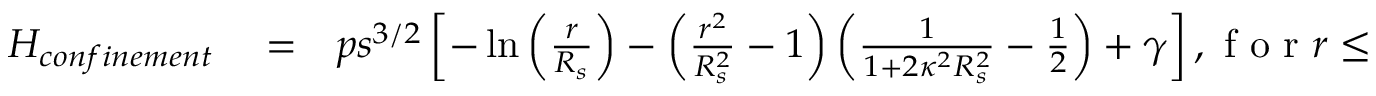
\begin{array} { r l r } { H _ { c o n f i n e m e n t } } & { { } = } & { p s ^ { 3 / 2 } \left[ - \ln \left( \frac { r } { R _ { s } } \right) - \left( \frac { r ^ { 2 } } { R _ { s } ^ { 2 } } - 1 \right) \left( \frac { 1 } { 1 + 2 \kappa ^ { 2 } R _ { s } ^ { 2 } } - \frac { 1 } { 2 } \right) + \gamma \right] , \mathrm { ~ f ~ o ~ r ~ } r \leq R _ { s } , } \end{array}